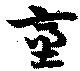
台